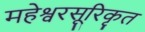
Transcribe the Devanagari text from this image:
महेश्वरसूरिकृत